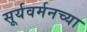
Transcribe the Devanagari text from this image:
सूर्यवर्मनच्या